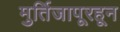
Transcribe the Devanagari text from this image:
मुर्तिजापूरहून